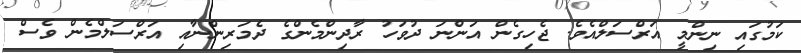
ކަމުގައި ނިންމީ އަރްސަލްއެވެ. ޖެހިގެން އަންނަ ދުވަހު ރާދިންމެންގެ ދެމަރިންނާއި އަރްސަލްމެން ވެސް